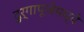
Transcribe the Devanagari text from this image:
दुर्गापूजेमध्ये